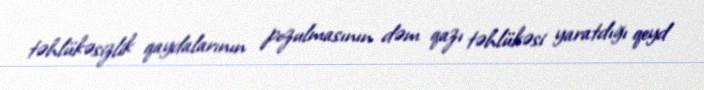
təhlükəsizlik qaydalarının pozulmasının dəm qazı təhlükəsi yaratdığı qeyd